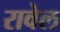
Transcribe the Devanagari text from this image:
रावेल